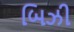
બિઝી